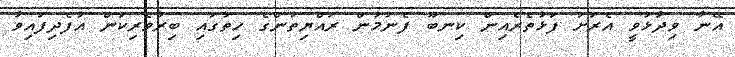
އޭނާ ވިދާޅުވީ އެރަށު ފަޅުތެރެއިން ކިނބޫ ފެނުމުން ރައްޔިތުންގެ ހިތުގައި ބިރުވެރިކަން އުފެދިފައިވާ